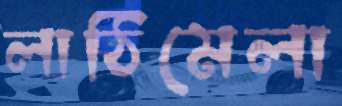
লাঠিমেলা